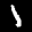
Label: 1